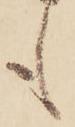
も